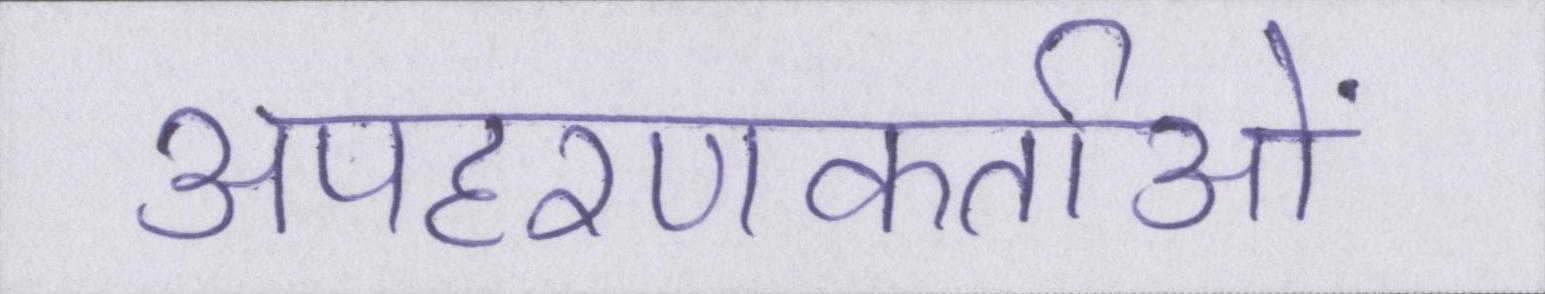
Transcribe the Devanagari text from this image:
अपहरणकर्ताओं